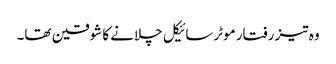
وہ تیز رفتار موٹرسائیکل چلانے کا شوقین تھا۔